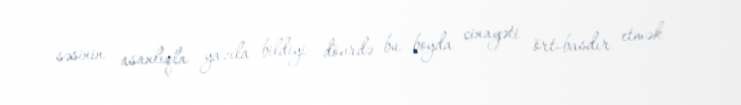
səsinin asanlıqla yazıla bildiyi dövrdə bu boyda cinayəti ört-basdır etmək